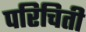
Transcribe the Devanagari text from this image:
परिचिती